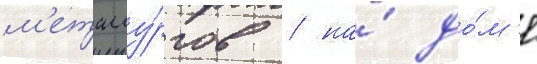
м'еталлу́ргов / на́ до́м'е